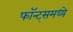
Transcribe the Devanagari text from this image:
फॉन्ट्‌समध्ये